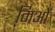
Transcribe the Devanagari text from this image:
मि़ओं